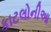
કાટલોનીઆ